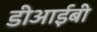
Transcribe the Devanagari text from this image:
डीआईबी